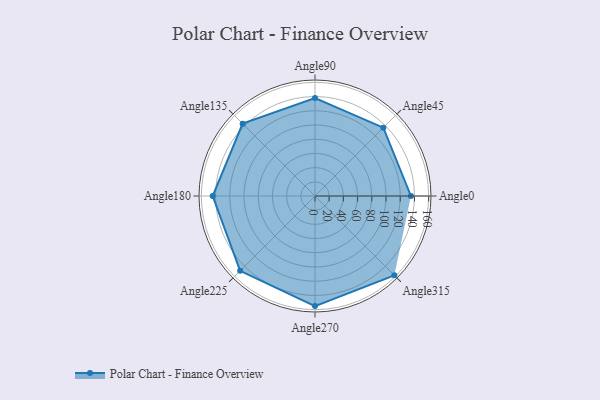
{"axis": {"x": "Angle", "y": "Radius"}, "legend": [""], "data": [{"x": "Angle0", "y": 135.0, "type": ""}, {"x": "Angle45", "y": 136.0, "type": ""}, {"x": "Angle90", "y": 138.0, "type": ""}, {"x": "Angle135", "y": 144.0, "type": ""}, {"x": "Angle180", "y": 144.0, "type": ""}, {"x": "Angle225", "y": 149.0, "type": ""}, {"x": "Angle270", "y": 155.0, "type": ""}, {"x": "Angle315", "y": 158.0, "type": ""}]}